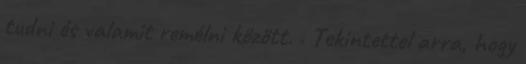
tudni és valamit remélni között. . Tekintettel arra, hogy